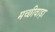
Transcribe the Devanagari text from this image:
मच्छीवाड़ा